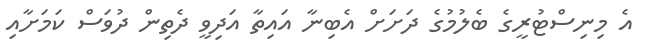
އެ މިނިސްޓުރީގެ ބެލުމުގެ ދަށަށް އެބިނާ އައިތާ އަދިވީ ދެތިން ދުވަސް ކަމަށާއި